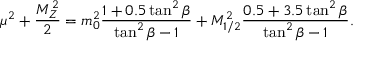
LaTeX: \mu ^ { 2 } + \frac { M _ { Z } ^ { 2 } } { 2 } = m _ { 0 } ^ { 2 } \frac { 1 + 0 . 5 \tan ^ { 2 } \beta } { \tan ^ { 2 } \beta - 1 } + M _ { 1 / 2 } ^ { 2 } \frac { 0 . 5 + 3 . 5 \tan ^ { 2 } \beta } { \tan ^ { 2 } \beta - 1 } .